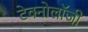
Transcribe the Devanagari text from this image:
टेक्नोलाॅजी